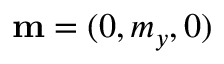
{ \bf m } = ( 0 , m _ { y } , 0 )